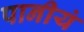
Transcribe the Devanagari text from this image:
पानीयं